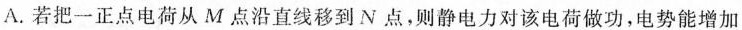
A.若把一正点电荷从M点沿直线移到N点，则静电力对该电荷做功，电势能增加